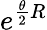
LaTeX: e^{\frac{\theta}{2}R}